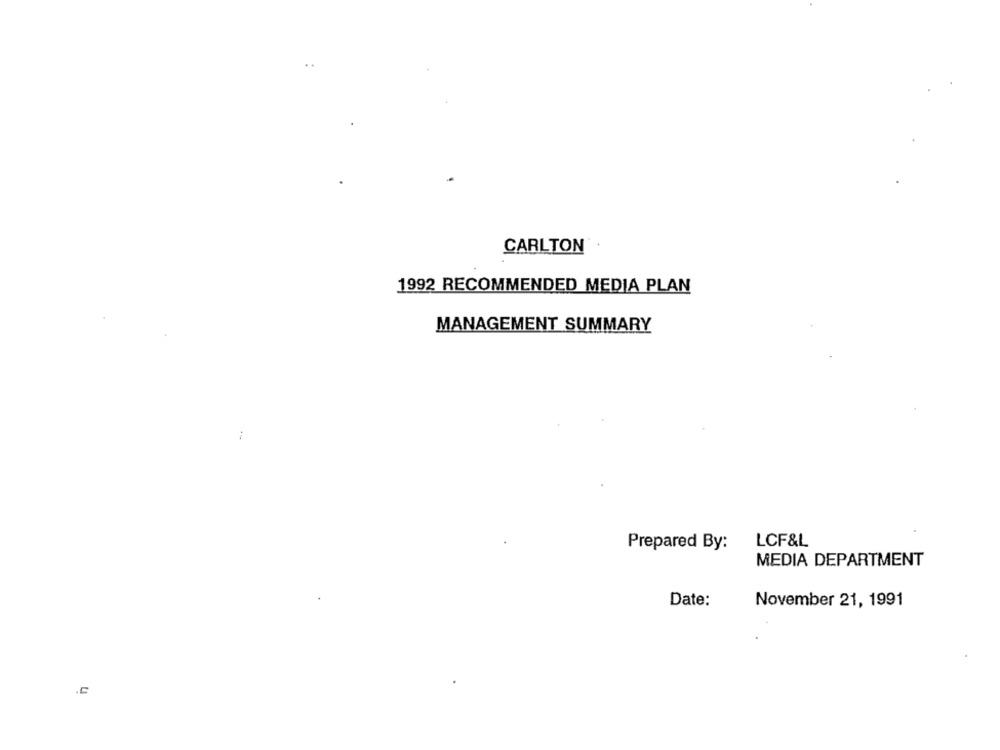
CARLTON
1992 RECOMMENDED MEDIA PLAN
MANAGEMENT SUMMARY
Prepared By:
LCF&L
MEDIA DEPARTMENT
Date:
November 21, 1991
U